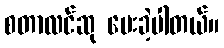
စတာလင်ဆု ပေးခဲ့ပါတယ်။